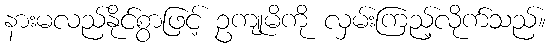
နားမလည်နိုင်စွာဖြင့် ဥကျုမိကို လှမ်းကြည့်လိုက်သည်။